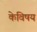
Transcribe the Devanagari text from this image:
केविषय